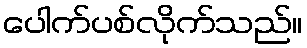
ပေါက်ပစ်လိုက်သည်။